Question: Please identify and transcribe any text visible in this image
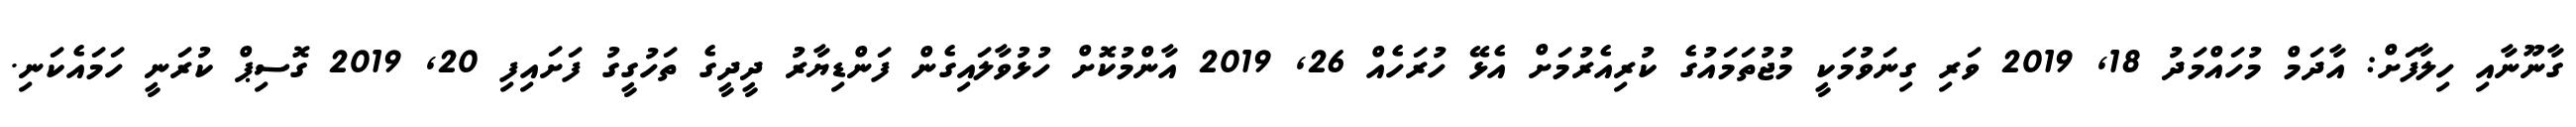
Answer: ގާނޫނާއި ހިލާފަށް: އާދަމް މުހައްމަދު 18, 2019 ވަރި ގިނަވުމަކީ މުޖުތަމައުގެ ކުރިއެރުމަށް އެޅޭ ހުރަހެއް 26, 2019 އާންމުކޮށް ހުޅުވާލައިގެން ފަންޑިޔާރު ދީދީގެ ތަހުގީގު ފަށައިފި 20, 2019 ގޮސިޕް ކުރަނީ ހަމައެކަނި.